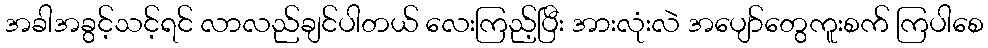
အခါအခွင့်သင့်ရင် လာလည်ချင်ပါတယ် လေးကြည့်ပြီး အားလုံးလဲ အပျော်တွေကူးစက် ကြပါစေ